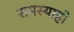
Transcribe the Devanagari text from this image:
समस्याहो